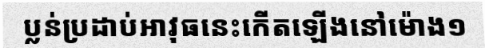
ប្លន់ប្រដាប់អាវុធនេះកើតឡើងនៅម៉ោង១